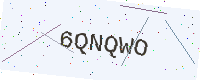
Text: 6QNQWO